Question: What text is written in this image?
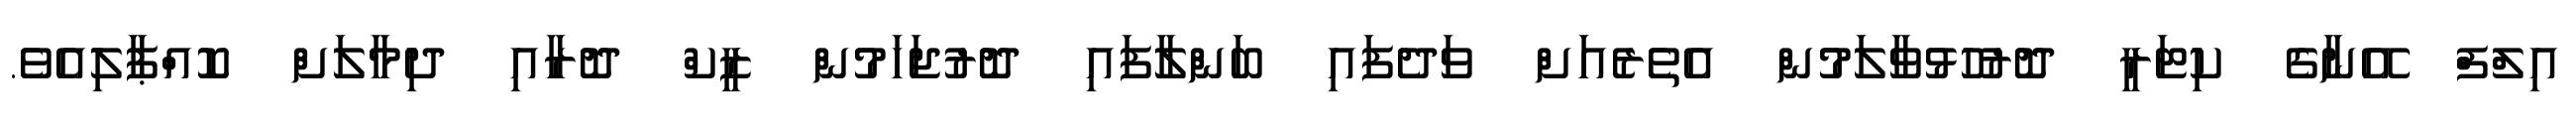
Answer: އިލްފް އޭނާގެ ކިޓަރީ ދޮރުހުޅުވާލަމުން އެތެރެއަށް ވަދެފައި ބަންލާފައި ދޮރުޖަހަމުން ޒީކް ދޮރާއި ދިމާލަށް ކޮއްޕާލިއެވެ.